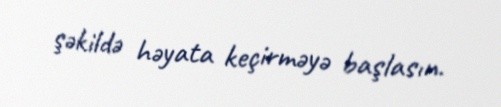
şəkildə həyata keçirməyə başlasın.